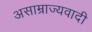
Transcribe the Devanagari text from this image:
असाम्राज्यवादी